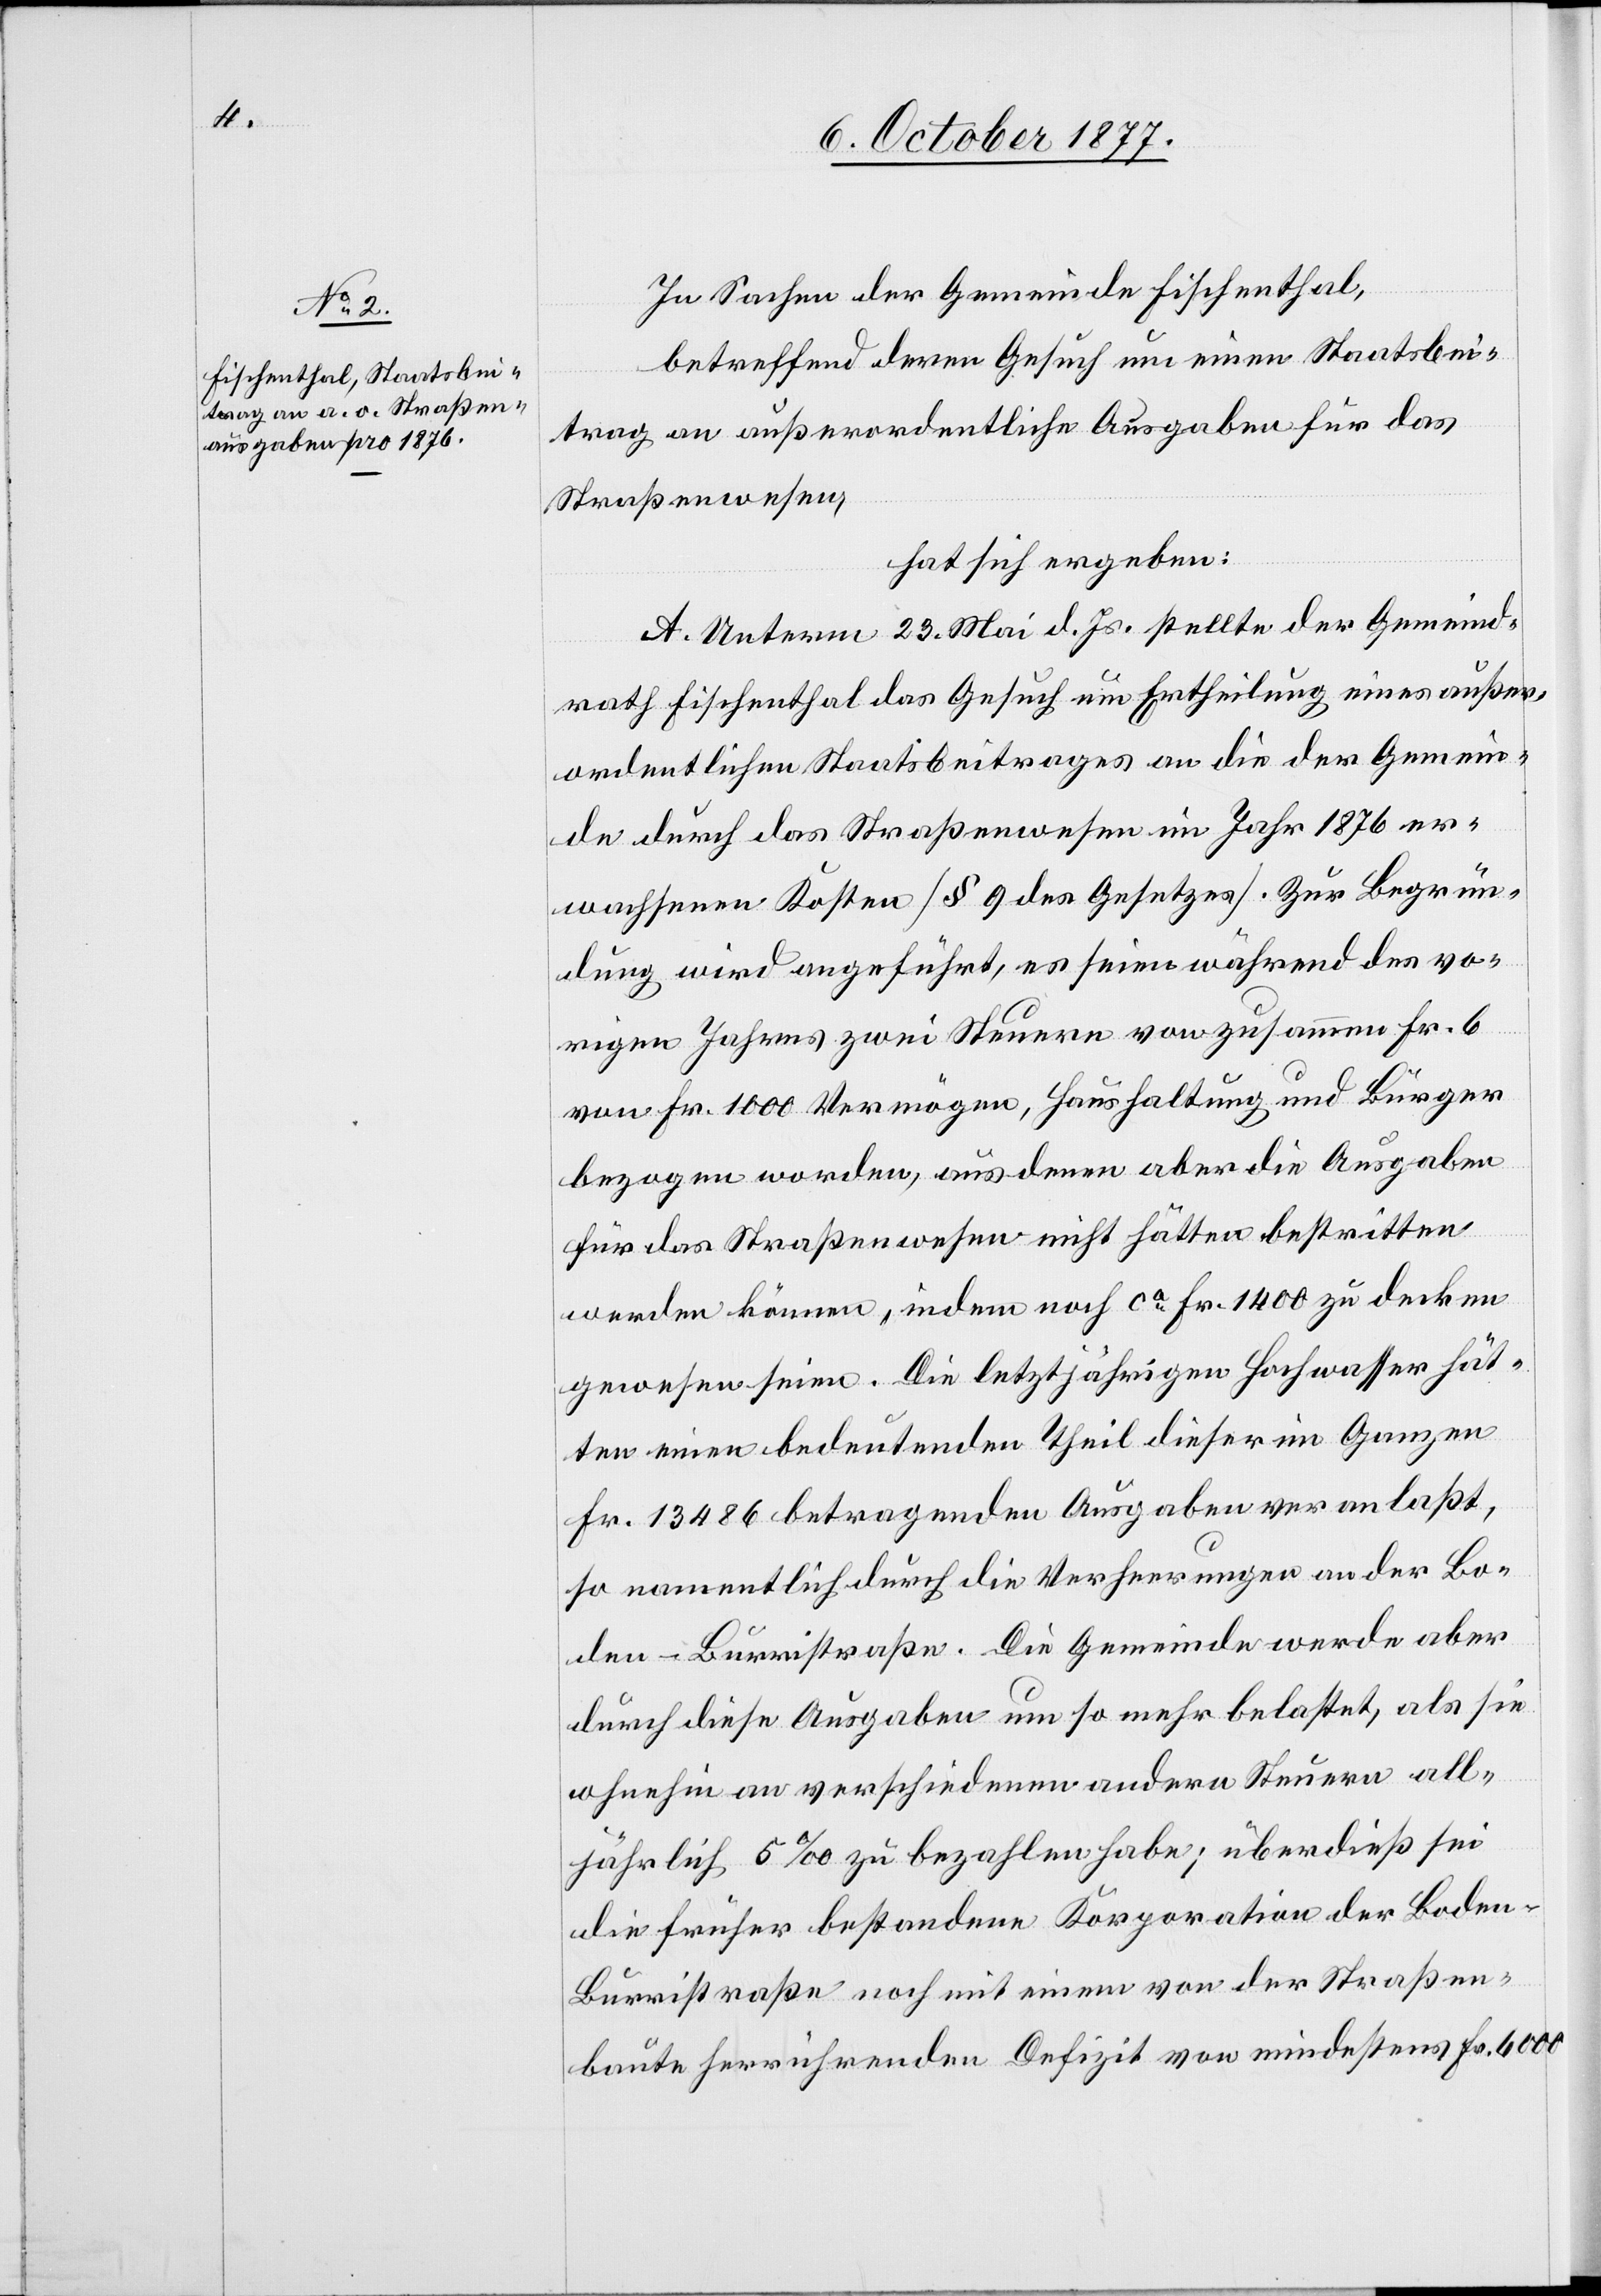
In Sachen der Gemeinde Fischenthal,
betreffend deren Gesuch um einen Staatsbei¬
trag an außerordentliche Ausgaben für das
Straßenwesen,
hat sich ergeben:
A. Unterm 23. Mai d. Js. stellte der Gemeind¬
rath Fischenthal das Gesuch um Ertheilung eines außer¬
ordentlichen Staatsbeitrages an die der Gemein¬
de durch das Straßenwesen im Jahr 1876 er¬
wachsenen Kosten [§ 9 des Gesetzes]. Zur Begrün¬
dung wird angeführt, es seien während des vo¬
rigen Jahres zwei Steuern von zusammen Fr. 6
von Fr. 1000 Vermögen, Haushaltung und Bürger
bezogen worden, aus denen aber die Ausgaben
für das Straßenwesen nicht hätten bestritten
werden können, indem noch ca Fr. 1400 zu decken
gewesen seien. Die letztjährigen Hochwasser hät¬
ten einen bedeutenden Theil dieser im Ganzen
Fr. 13 486 betragenden Ausgaben veranlaßt,
so namentlich durch die Verheerungen an der Bo¬
den-Burristraße. Die Gemeinde werde aber
durch diese Ausgaben um so mehr belastet, als sie
ohnehin an verschiedenen andern Steuern all¬
jährlich 5‰ zu bezahlen habe; überdieß sei
die früher bestandene Korporation der Boden-B¬
urristraße noch mit einem von der Straßen¬
baute herrührenden Defizit von mindestens Fr. 6000